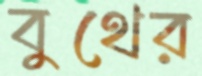
বুথের